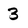
Character: 3